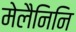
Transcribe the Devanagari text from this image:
मेलैनिनि